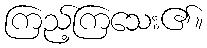
ကြည့်ကြသေး၏။